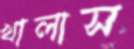
খালাস